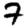
Digit: 7